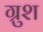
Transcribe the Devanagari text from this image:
ग्रुश